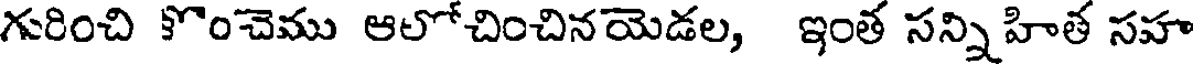
గురించి కొంచెము ఆలోచించినయెడల, ఇంత సన్ని హిత సహ